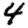
Digit: 4